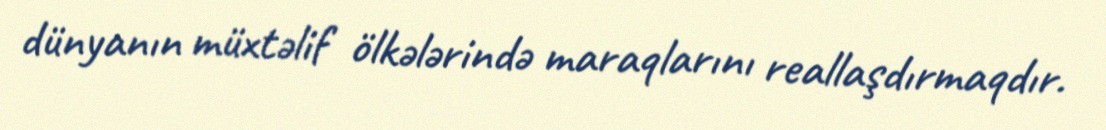
dünyanın müxtəlif ölkələrində maraqlarını reallaşdırmaqdır.